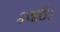
કલાઉડ